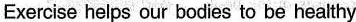
Exercise helps our bodies to be healthy